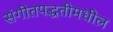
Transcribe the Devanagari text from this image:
संगीतपद्धतीमधील